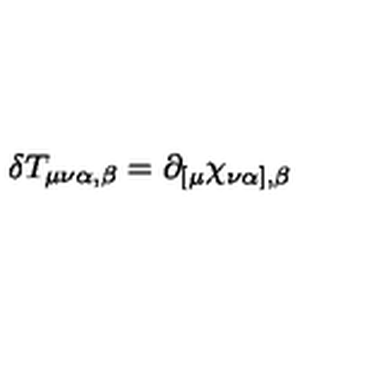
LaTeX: \delta T _ { \mu \nu \alpha , \beta } = \partial _ { [ \mu } \chi _ { \nu \alpha ] , \beta }